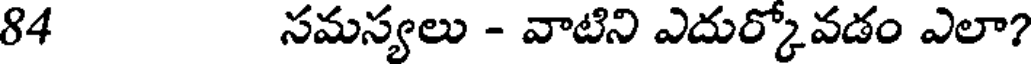
84 సమస్యలు - వాటిని ఎదుర్కోవడం ఎలా?